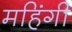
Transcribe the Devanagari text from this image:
महिंगी